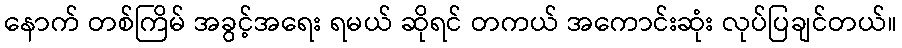
နောက် တစ်ကြိမ် အခွင့်အရေး ရမယ် ဆိုရင် တကယ် အကောင်းဆုံး လုပ်ပြချင်တယ်။